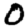
Digit: 0